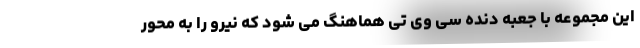
این مجموعه با جعبه دنده سی وی تی هماهنگ می شود که نیرو را به محور